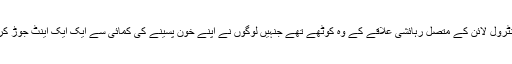
اب کی مرتبہ گولہ باری میں کافی شدت تھی اور سرحد پار کی افواج کا ہدف کنٹرول لائن کے متصل رہائشی علاقے کے وہ کوٹھے تھے جنہیں لوگوں نے اپنے خون پسینے کی کمائی سے ایک ایک اینٹ جوڑ کر بنایا تھا، اس علاقے میں پہاڑ کے عقب میں توپ خانے کا ایک اسلحہ ڈپو تھا۔